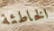
الخاطئة